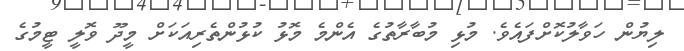
ލިޔުން ހަވާލުކޮށްފައެވެ. މުޅި މުބާރާތުގެ އެންމެ މޮޅު ކުޅުންތެރިއަކަށް މީދޫ ވޮލީ ޓީމުގެ